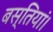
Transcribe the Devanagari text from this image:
बस्तियां।